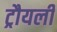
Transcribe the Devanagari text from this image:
ट्रौयली